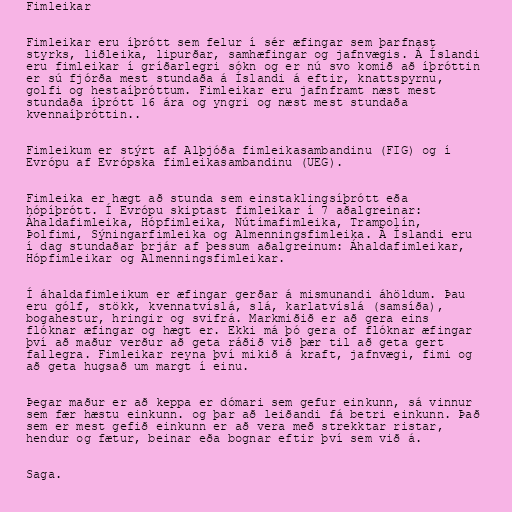
Fimleikar

Fimleikar eru íþrótt sem felur í sér æfingar sem þarfnast
styrks, liðleika, lipurðar, samhæfingar og jafnvægis. Á Íslandi
eru fimleikar í gríðarlegri sókn og er nú svo komið að íþróttin
er sú fjórða mest stundaða á Íslandi á eftir, knattspyrnu,
golfi og hestaíþróttum. Fimleikar eru jafnframt næst mest
stundaða íþrótt 16 ára og yngri og næst mest stundaða
kvennaíþróttin..

Fimleikum er stýrt af Alþjóða fimleikasambandinu (FIG) og í
Evrópu af Evrópska fimleikasambandinu (UEG).

Fimleika er hægt að stunda sem einstaklingsíþrótt eða
hópíþrótt. Í Evrópu skiptast fimleikar í 7 aðalgreinar:
Áhaldafimleika, Hópfimleika, Nútímafimleika, Trampolín,
Þolfimi, Sýningarfimleika og Almenningsfimleika. Á Íslandi eru
í dag stundaðar þrjár af þessum aðalgreinum: Áhaldafimleikar,
Hópfimleikar og Almenningsfimleikar.

Í áhaldafimleikum er æfingar gerðar á mismunandi áhöldum. Þau
eru gólf, stökk, kvennatvíslá, slá, karlatvíslá (samsíða),
bogahestur, hringir og svifrá. Markmiðið er að gera eins
flóknar æfingar og hægt er. Ekki má þó gera of flóknar æfingar
því að maður verður að geta ráðið við þær til að geta gert
fallegra. Fimleikar reyna því mikið á kraft, jafnvægi, fimi og
að geta hugsað um margt í einu.

Þegar maður er að keppa er dómari sem gefur einkunn, sá vinnur
sem fær hæstu einkunn. og þar að leiðandi fá betri einkunn. Það
sem er mest gefið einkunn er að vera með strekktar ristar,
hendur og fætur, beinar eða bognar eftir því sem við á.

Saga.